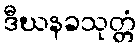
ဒီဃနခသုတ္တံ